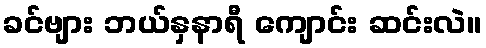
ခင်ဗျား ဘယ်နှနာရီ ကျောင်း ဆင်းလဲ။